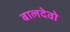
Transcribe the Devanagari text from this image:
बालदेवो